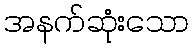
အနက်ဆုံးသော